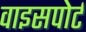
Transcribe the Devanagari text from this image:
वाइसपोर्ट